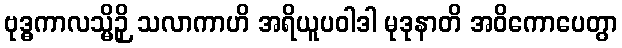
ဗုဒ္ဓကာလသ္မိဉှိ သလာကာဟိ အရိယူပဝါဒါ မုဒုနာတိ အဝိကောပေတွာ